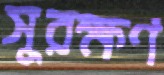
সুরক্ষণ